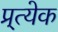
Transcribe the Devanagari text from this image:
प्र्त्येक